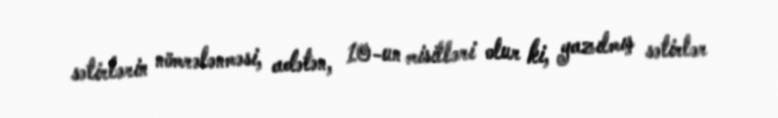
sətirlərin nömrələnməsi, adətən, 10-un misilləri olur ki, yazılmış sətirlər